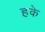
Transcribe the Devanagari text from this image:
हके